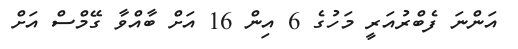
އަންނަ ފެބްރުއަރީ މަހުގެ 6 އިން 16 އަށް ބާއްވާ ގޭމްސް އަށް